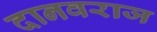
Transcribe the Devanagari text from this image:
दानवराज